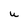
Character: U